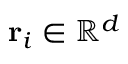
\mathbf { r } _ { i } \in \mathbb { R } ^ { d }